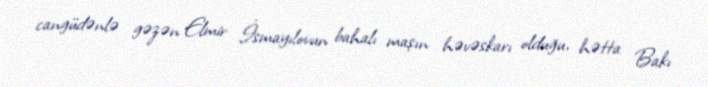
cangüdənlə gəzən Elmir İsmayılovun bahalı maşın həvəskarı olduğu, hətta Bakı